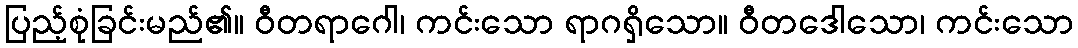
ပြည့်စုံခြင်းမည်၏။ ဝီတရာဂေါ၊ ကင်းသော ရာဂရှိသော။ ဝီတဒေါသော၊ ကင်းသော